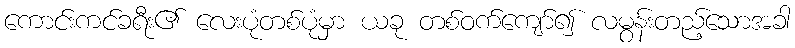
ကောင်းကင်ခရီး၏ လေးပုံတစ်ပုံမှာ ယခု တစ်ဝက်ကျော်၍ လမွန်းတည့်သောအခါ